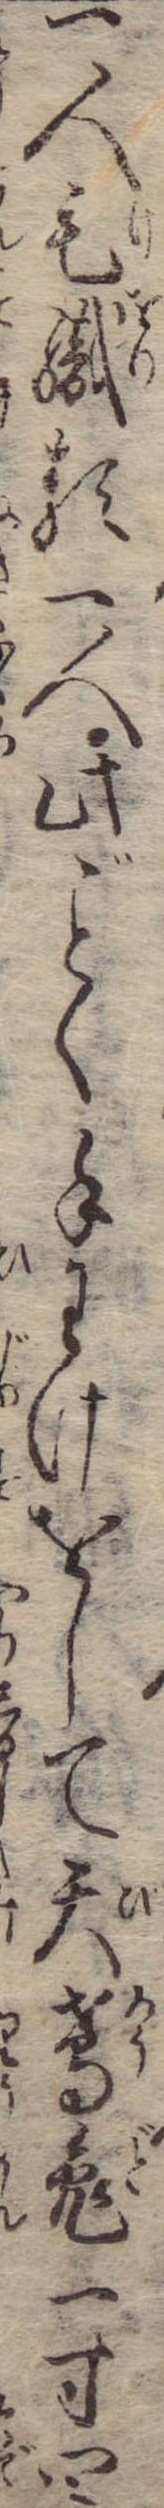
一人毛織類一人此く手わけをして天鳶兎一寸四